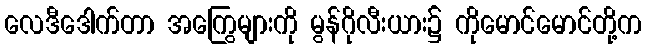
လေဒီဒေါက်တာ အကြွေများကို မွန်ဂိုလီးယား၌ ကိုမောင်မောင်တို့က